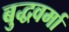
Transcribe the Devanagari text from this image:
बुद्धवर्मा